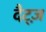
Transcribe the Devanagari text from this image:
दैट्ज़